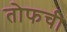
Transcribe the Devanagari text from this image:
तोफची